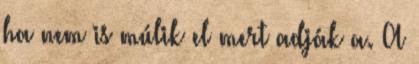
ha nem is múlik el mert adják a. A